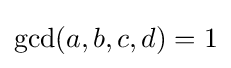
\gcd(a,b,c,d)=1